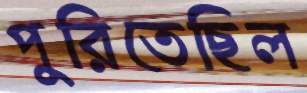
পুরিতেছিল